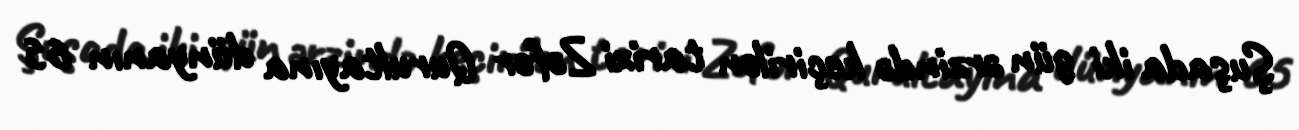
Şuşada iki gün ərzində keçirilən tarixi Zəfər Qurultayına dünyanın 65